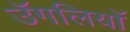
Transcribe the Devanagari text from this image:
उॅगलियाॅ